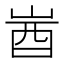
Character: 𡷾